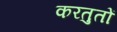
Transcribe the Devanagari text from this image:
करतुतों